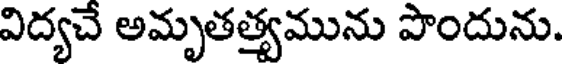
విద్యచే అమృతత్యమును పొందును.